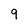
Character: 9